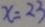
x = 2 3